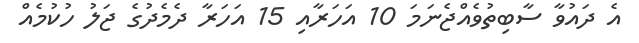
އެ ދައުވާ ސާބިތުވެއްޖެނަމަ 10 އަހަރާއި 15 އަހަރާ ދެމެދުގެ ޖަލު ހުކުމެއް